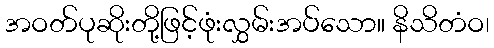
အဝတ်ပုဆိုးတို့ဖြင့်ဖုံးလွှမ်းအပ်သော။ နိသိတံဝ၊